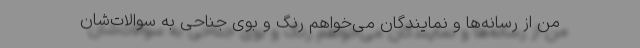
من از رسانه‌ها و نمایندگان می‌خواهم رنگ و بوی جناحی به سوالات‌شان